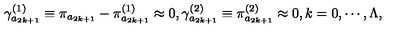
\gamma _ { a _ { 2 k + 1 } } ^ { ( 1 ) } \equiv \pi _ { a _ { 2 k + 1 } } - \pi _ { a _ { 2 k + 1 } } ^ { ( 1 ) } \approx 0 , \gamma _ { a _ { 2 k + 1 } } ^ { ( 2 ) } \equiv \pi _ { a _ { 2 k + 1 } } ^ { ( 2 ) } \approx 0 , k = 0 , \cdots , \Lambda ,